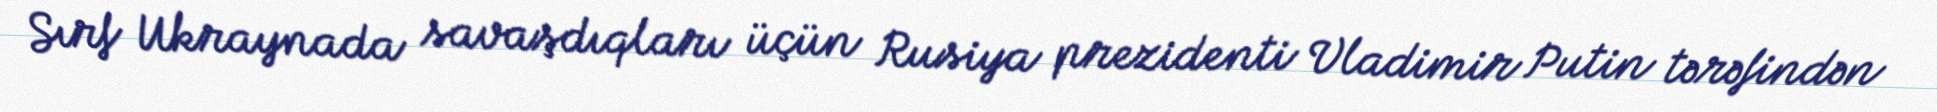
Sırf Ukraynada savaşdıqları üçün Rusiya prezidenti Vladimir Putin tərəfindən